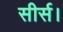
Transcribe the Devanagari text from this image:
सीर्स।